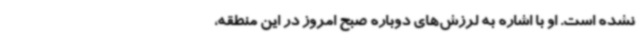
نشده است. او با اشاره به لرزش‌های دوباره‌ صبح امروز در این منطقه،